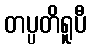
တပ္ပတိရူပီ